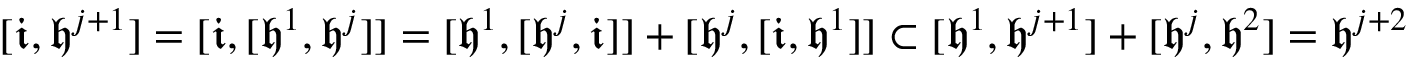
[ \mathfrak i , \mathfrak h ^ { j + 1 } ] = [ \mathfrak i , [ \mathfrak h ^ { 1 } , \mathfrak h ^ { j } ] ] = [ \mathfrak h ^ { 1 } , [ \mathfrak h ^ { j } , \mathfrak i ] ] + [ \mathfrak h ^ { j } , [ \mathfrak i , \mathfrak h ^ { 1 } ] ] \subset [ \mathfrak h ^ { 1 } , \mathfrak h ^ { j + 1 } ] + [ \mathfrak h ^ { j } , \mathfrak h ^ { 2 } ] = \mathfrak h ^ { j + 2 }